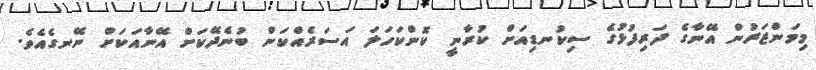
މިމަންޒަރުން އޭނާގެ ދަރިފުޅުގެ ސިކުނޑިއަށް ކުރާނީ ކޮންކަހަލަ އަސަރެއްކަން ބުނެދޭކަށް އޭނާއަކަށް ނޭނގެއެވެ.